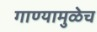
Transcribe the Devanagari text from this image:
गाण्यामुळेच